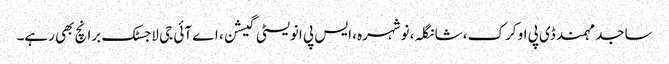
ساجد مہمند ڈی پی او کرک، شانگلہ، نوشہرہ، ایس پی انویسٹی گیشن، اے آئی جی لاجسٹک برانچ بھی رہے۔